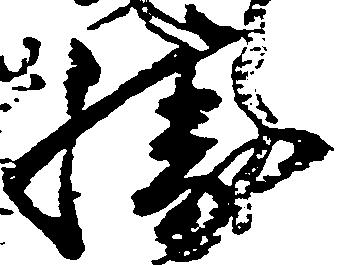
勝